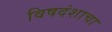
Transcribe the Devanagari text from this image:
विषदंशाचा